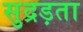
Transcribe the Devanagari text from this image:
सुद्रड़ता